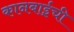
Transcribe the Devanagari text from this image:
कानबाईची